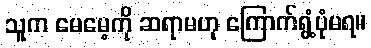
သူက မေမေ့ကို ဆရာမဟု ကြောက်ရွံ့ပုံမရ။